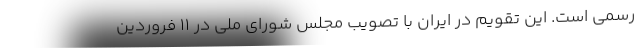
رسمی است. این تقویم در ایران با تصویب مجلس شورای ملی در ۱۱ فروردین